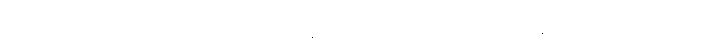
မင်းအကြောင်းကို မင်းမပြောဘဲ နေခဲ့ရင် တစ်ဘက်သားရဲ့ မနာလိုတိုရှည်မှုတွေ၊